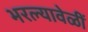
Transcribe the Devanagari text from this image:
भरल्यावेळीं